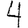
Digit: 4